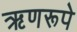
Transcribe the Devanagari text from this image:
ऋणरूपे